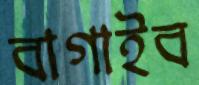
বাগাইব